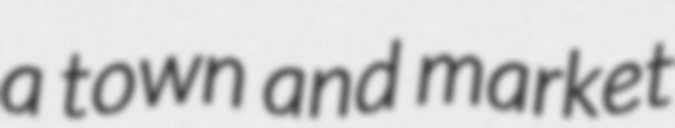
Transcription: a town and market